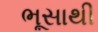
ભૂસાથી